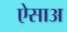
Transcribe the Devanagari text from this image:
ऐसाअ